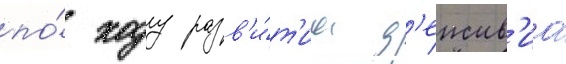
по́ ходу разв'и́т'иа д'еиств'иа